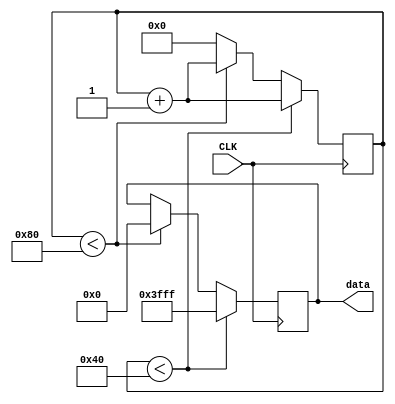
module Oscillator#(parameter limit=128, parameter bits=18)(
    input CLK,
    output reg [15:0] data 
);
    reg [bits-1:0]count;
    initial begin 
        count=0;
        data=0; 
    end  
    
    always@(posedge CLK) begin
        if(count<limit/2)begin
            count<=count+1;
            data<=16'h3FFF;
        end else if(count<limit)begin
            count<=count+1;
            data<=16'h0000;
        end else begin
            count<=0;
        end
    end

endmodule